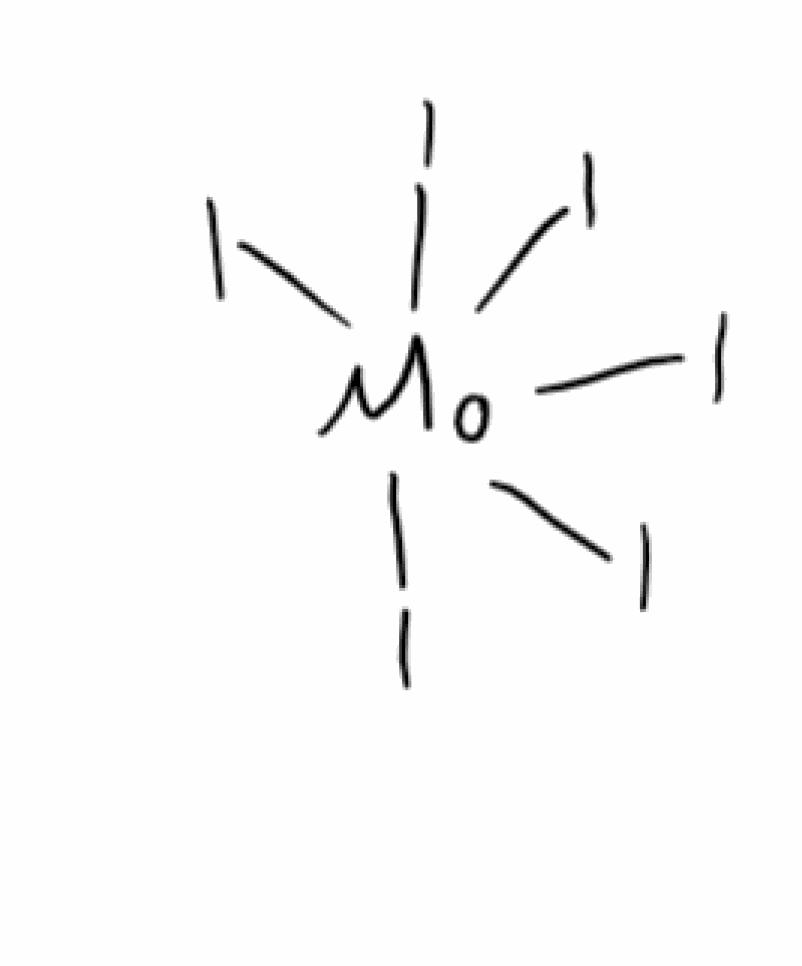
Simplified molecular-input line-entry system (SMILES) notation of the given molecule:
[Mo](I)(I)(I)(I)(I)I